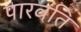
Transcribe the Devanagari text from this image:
पारवति